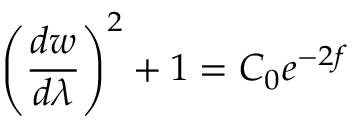
\left( \frac { d w } { d \lambda } \right) ^ { 2 } + 1 = C _ { 0 } e ^ { - 2 f }